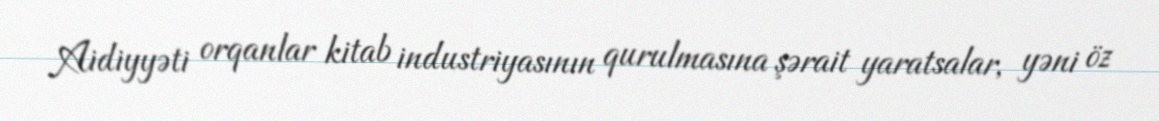
Aidiyyəti orqanlar kitab industriyasının qurulmasına şərait yaratsalar, yəni öz